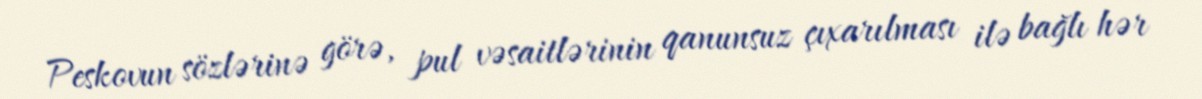
Peskovun sözlərinə görə, pul vəsaitlərinin qanunsuz çıxarılması ilə bağlı hər